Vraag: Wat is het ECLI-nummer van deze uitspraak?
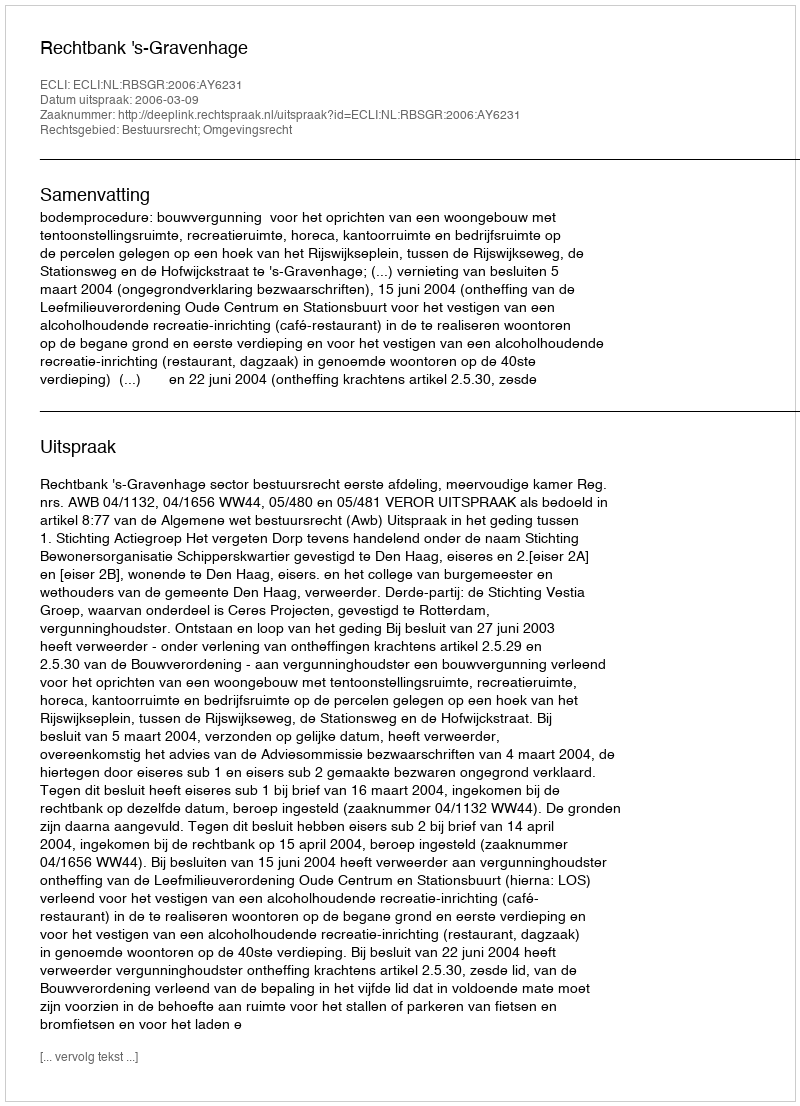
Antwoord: ECLI:NL:RBSGR:2006:AY6231